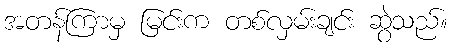
အတန်ကြာမှ မြင်းက တစ်လှမ်းချင်း ဆွဲသည်။